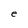
Character: e